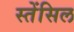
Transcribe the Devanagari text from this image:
स्तेंसिल